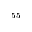
^ { 5 5 }